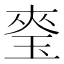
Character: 𭹎